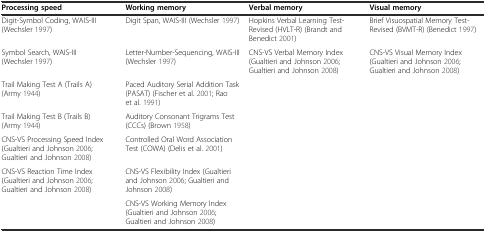
| Processing speed | Working memory | Verbal memory | Visual memory |
 | --- | --- | --- | --- |
 | Digit-Symbol Coding, WAIS-III (Wechsler 1997) | Digit Span, WAIS-III (Wechsler 1997) | Hopkins Verbal Learning Test-Revised (HVLT-R) (Brandt and Benedict 2001) | Brief Visuospatial Memory Test-Revised (BVMT-R) (Benedict 1997) |
 | Symbol Search, WAIS-III (Wechsler 1997) | Letter-Number-Sequencing, WAIS-III (Wechsler 1997) | CNS-VS Verbal Memory Index (Gualtieri and Johnson 2006; Gualtieri and Johnson 2008) | CNS-VS Visual Memory Index (Gualtieri and Johnson 2006; Gualtieri and Johnson 2008) |
 | Trail Making Test A (Trails A) (Army 1944) | Paced Auditory Serial Addition Task (PASAT) (Fischer et al. 2001; Rao et al. 1991) | <COLSPAN=2>  |
 | Trail Making Test B (Trails B) (Army 1944) | Auditory Consonant Trigrams Test (CCCs) (Brown 1958) | <COLSPAN=2>  |
 | CNS-VS Processing Speed Index (Gualtieri and Johnson 2006; Gualtieri and Johnson 2008) | Controlled Oral Word Association Test (COWA) (Delis et al. 2001) | <COLSPAN=2>  |
 | CNS-VS Reaction Time Index (Gualtieri and Johnson 2006; Gualtieri and Johnson 2008) | CNS-VS Flexibility Index (Gualtieri and Johnson 2006; Gualtieri and Johnson 2008) | <COLSPAN=2>  |
 |  | CNS-VS Working Memory Index (Gualtieri and Johnson 2006; Gualtieri and Johnson 2008) | <COLSPAN=2>  |